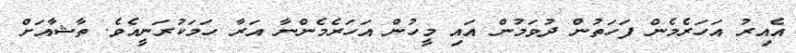
އެއިރު އަހަރެމެން ފަހަތުން ދުވަމުން އައި މީހުން އަހަރެމެންނާ އަރާ ހަމަކުރަނީއެވެ. ތާޝާއަށް